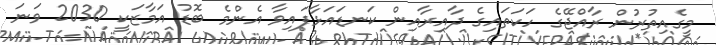
މީގެއިތުރުން ރާއްޖޭގެ ހަކަތައިގެ ދާއިރާއިން ކަނޑައަޅާފައިވާ އެންމެ ބޮޑު އަމާޒަކީ 2030 ވަނަ